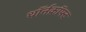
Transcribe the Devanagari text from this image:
थॉर्नक्रॉफ्ट